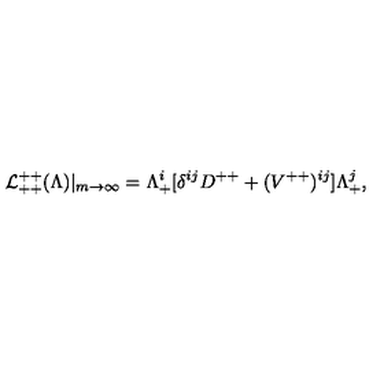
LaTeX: { \cal L } _ { + + } ^ { + + } ( \Lambda ) | _ { m \rightarrow \infty } = \Lambda _ { + } ^ { i } [ \delta ^ { i j } D ^ { + + } + ( { V } ^ { + + } ) ^ { i j } ] \Lambda _ { + } ^ { j } ,